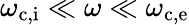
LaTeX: \omega_{\mathrm{c,i}}\ll\omega\ll\omega_{\mathrm{c,e}}